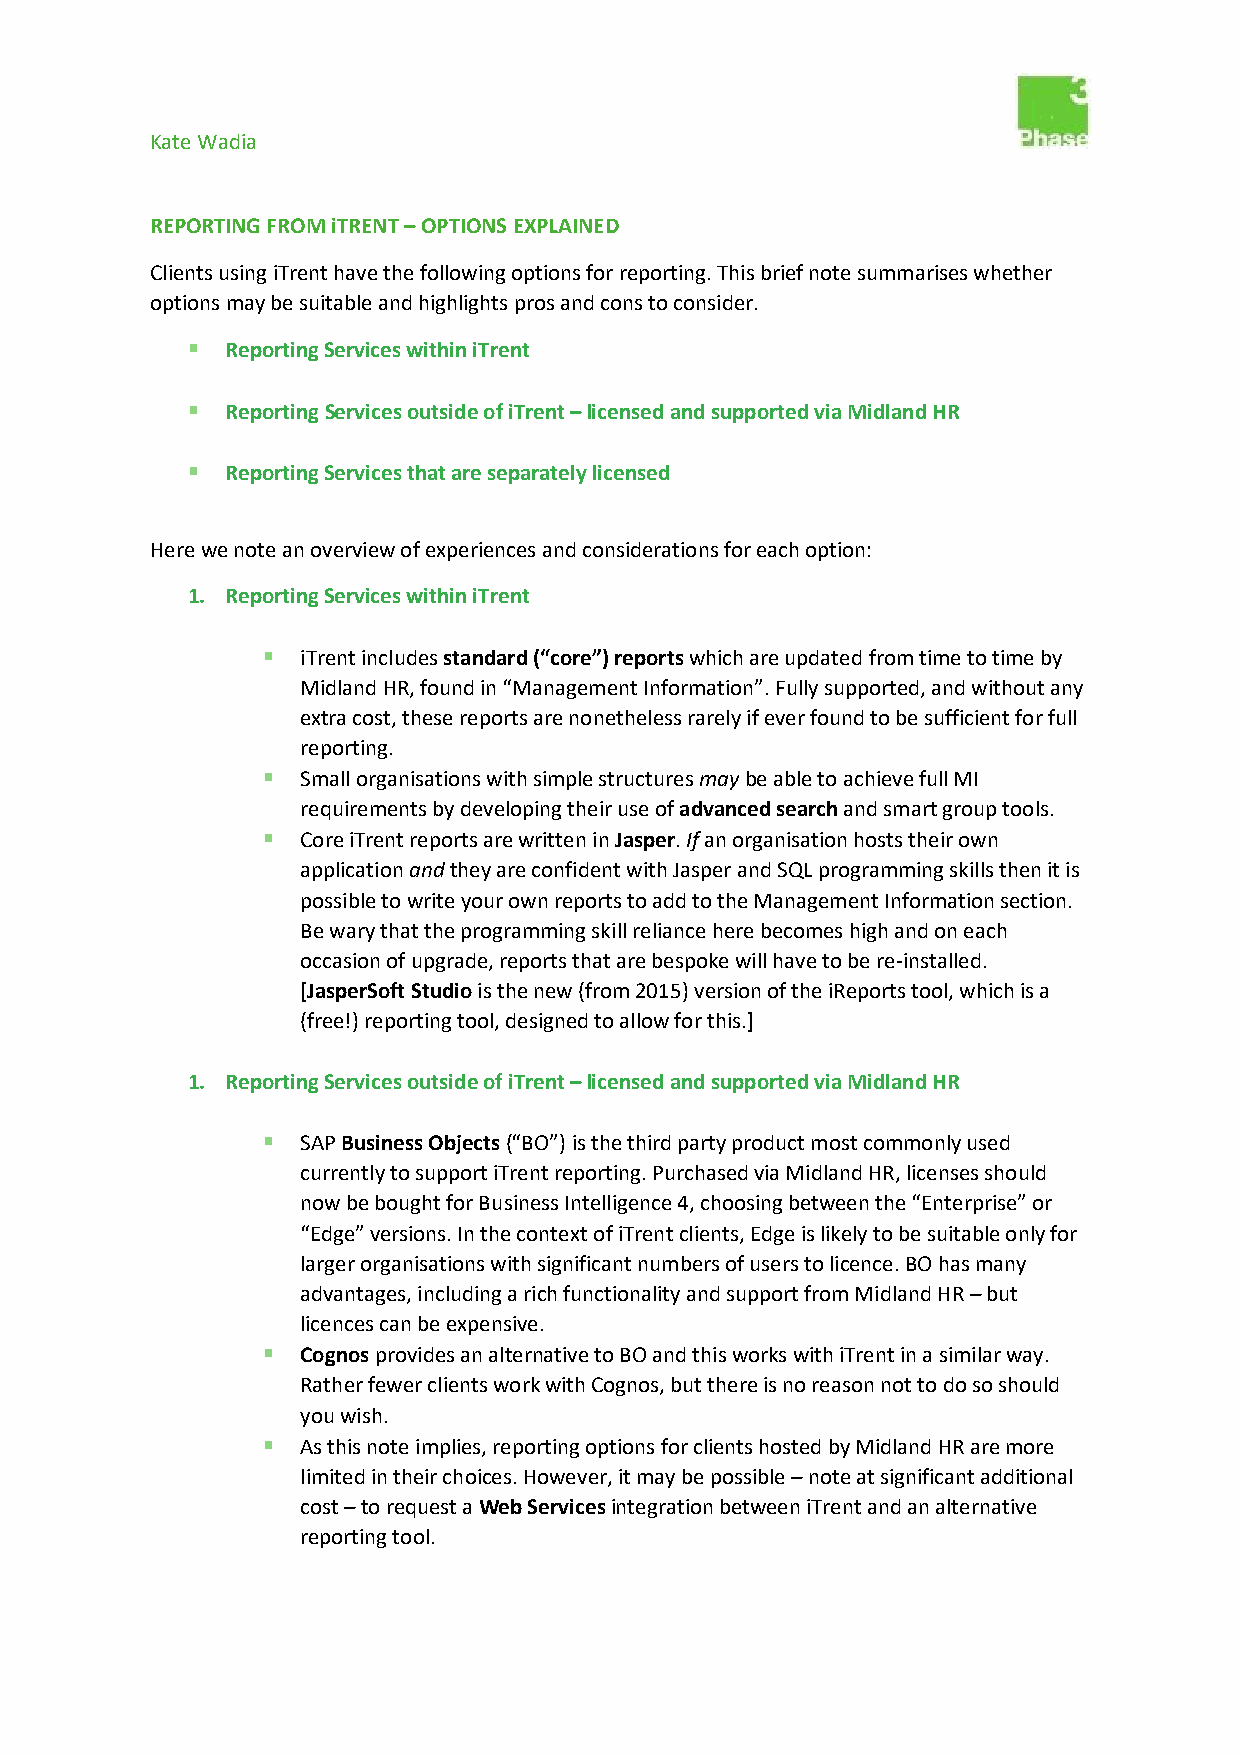
Kate Wadia
 REPORTING FROM iTRENT – OPTIONS EXPLAINED
 Clients using iTrent have the following options for reporting. This brief note summarises whether
 options may be suitable and highlights pros and cons to consider.
 ▪  Reporting Services within iTrent
 ▪  Reporting Services outside of iTrent – licensed and supported via Midland HR
 ▪  Reporting Services that are separately licensed
 Here we note an overview of experiences and considerations for each option:
 1. Reporting Services within iTrent
 ▪  iTrent includes standard (“core”) reports which are updated from time to time by
 Midland HR, found in “Management Information”. Fully supported, and without any
 extra cost, these reports are nonetheless rarely if ever found to be sufficient for full
 reporting.
 ▪  Small organisations with simple structures may be able to achieve full MI
 requirements by developing their use of advanced search and smart group tools.
 ▪  Core iTrent reports are written in Jasper. If an organisation hosts their own
 application and they are confident with Jasper and SQL programming skills then it is
 possible to write your own reports to add to the Management Information section.
 Be wary that the programming skill reliance here becomes high and on each
 occasion of upgrade, reports that are bespoke will have to be re-installed.
 [JasperSoft Studio is the new (from 2015) version of the iReports tool, which is a
 (free!) reporting tool, designed to allow for this.]
 1. Reporting Services outside of iTrent – licensed and supported via Midland HR
 ▪  SAP Business Objects (“BO”) is the third party product most commonly used
 currently to support iTrent reporting. Purchased via Midland HR, licenses should
 now be bought for Business Intelligence 4, choosing between the “Enterprise” or
 “Edge” versions. In the context of iTrent clients, Edge is likely to be suitable only for
 larger organisations with significant numbers of users to licence. BO has many
 advantages, including a rich functionality and support from Midland HR – but
 licences can be expensive.
 ▪  Cognos provides an alternative to BO and this works with iTrent in a similar way.
 Rather fewer clients work with Cognos, but there is no reason not to do so should
 you wish.
 ▪  As this note implies, reporting options for clients hosted by Midland HR are more
 limited in their choices. However, it may be possible – note at significant additional
 cost – to request a Web Services integration between iTrent and an alternative
 reporting tool.